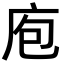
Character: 庖